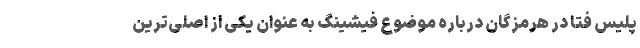
پلیس فتا در هرمزگان درباره موضوع فیشینگ به عنوان یکی از اصلی‌ترین